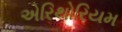
એરિથોરિયમ